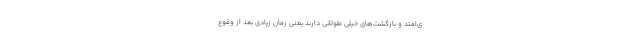
ی‌افتد و بازگشت‌های خیلی طولانی دارند یعنی زمان زیادی بعد از وقوع